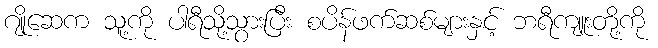
ဂျိုဆေက သူ့ကို ပါရီသို့သွားပြီး စပိန်ဖက်ဆစ်များနှင့် ဘရီကျူးတို့ကို